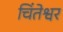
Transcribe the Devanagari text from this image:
चिंतेश्वर